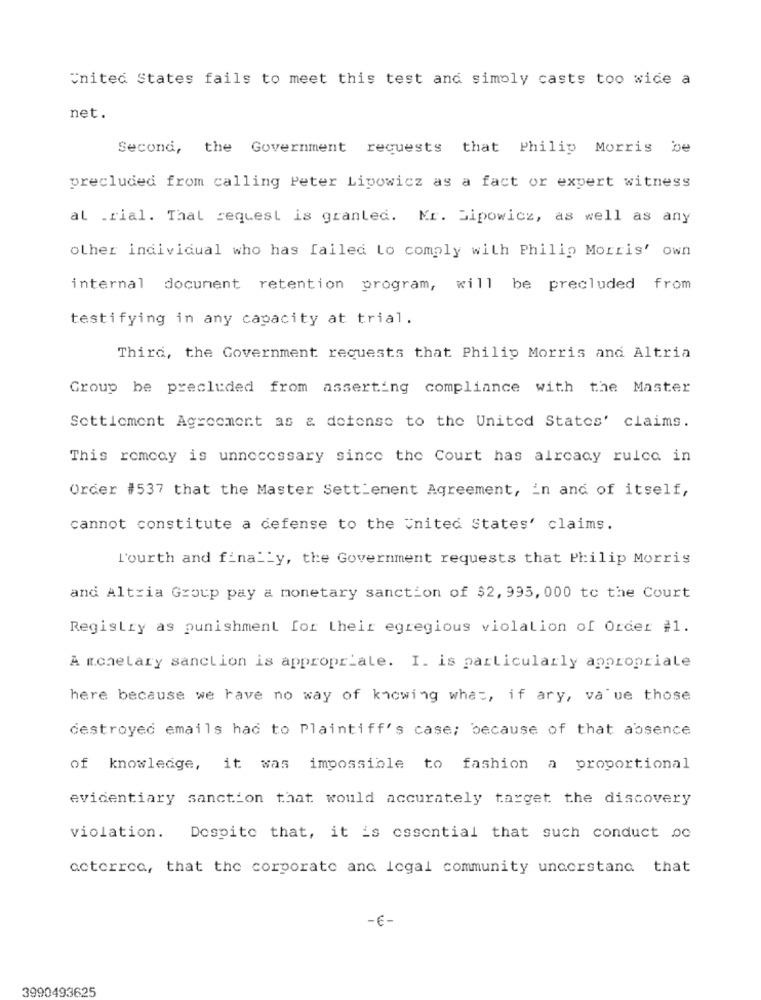
United States fails to meet this test and simply casts too wide a
net.
Second, the Government requests that Philip Morris be
precluded from calling Peter Lipowicz as a fact or expert witness
al .rial. That request is granted. Kr. Sipowicz, as well as any
other individual who has failed to comply with Philip Morris' own
internal document retention program, will be precluded from
testifying in any capacity at trial.
Third, the Government requests that Philip Morris and Altria
Group be precluded from asserting compliance with the Master
Settlement Agreement as & defense to the United States' claims.
This romcay is unnecessary since the Court has already rulce in
Order #537 that the Master Settlement Agreement, in and of itself,
cannot constitute a defense to the united States' claims.
l'ourth and finally, the Government requests that Philip Morris
and Altria Group pay a monetary sanction of $2, 995, 000 to the Court
Registry as punishment for their egregious violation of Order #1.
A monetary sanction is appropriate. I. is particularly appropriate
here because we have no way of knowing what, if ary, va ue those
destroyed emails had to Plaintiff's case; because of that absence
of knowledge, it was impossible to fashion a proportional
evidentiary sanction that would accurately target the discovery
violation. Despite that, it is essential that such conduct oc
actorrea, that the corporate and legal community understand that
-E-
3990493625